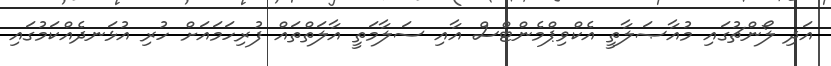
އަދި ލޯންޗުގައި މުއާޞަލާތީ އެކްވިޕްމެންޓްސް އާއި ސަލާމަތީ އާލަތްތައް ފުރިހަމައަށް ހުރި އުޅަނދެއްކަމުގައި